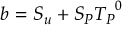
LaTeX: b = S _ { u } + { S _ { P } } { T _ { P } } ^ { 0 }